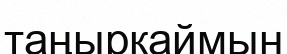
таңырқаймын